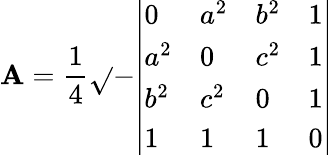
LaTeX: \mathbf{A}={\frac{{1}}{{4}}}{\sqrt{}{{-{\left|\begin{array}{llll}{0}&{a^{2}}&{b^{2}}&{1}\\ {a^{2}}&{0}&{c^{2}}&{1}\\ {b^{2}}&{c^{2}}&{0}&{1}\\ {1}&{1}&{1}&{0}\end{array}\right|}}}}